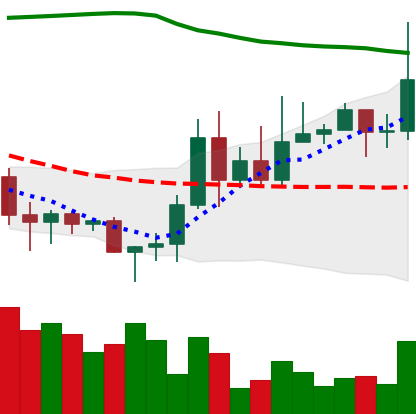
Ticker: DOGE-USD
Chart end date: 2020-11-16
Forward return: 21.518%
Label: up_7plus